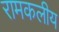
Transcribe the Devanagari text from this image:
रामकलीय